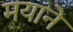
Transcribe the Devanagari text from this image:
मयाने